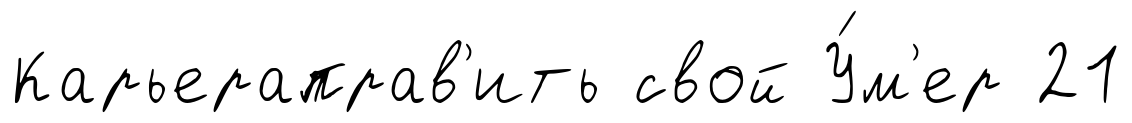
Карьераправ'ить свой У́м'ер 21